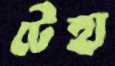
টেহা